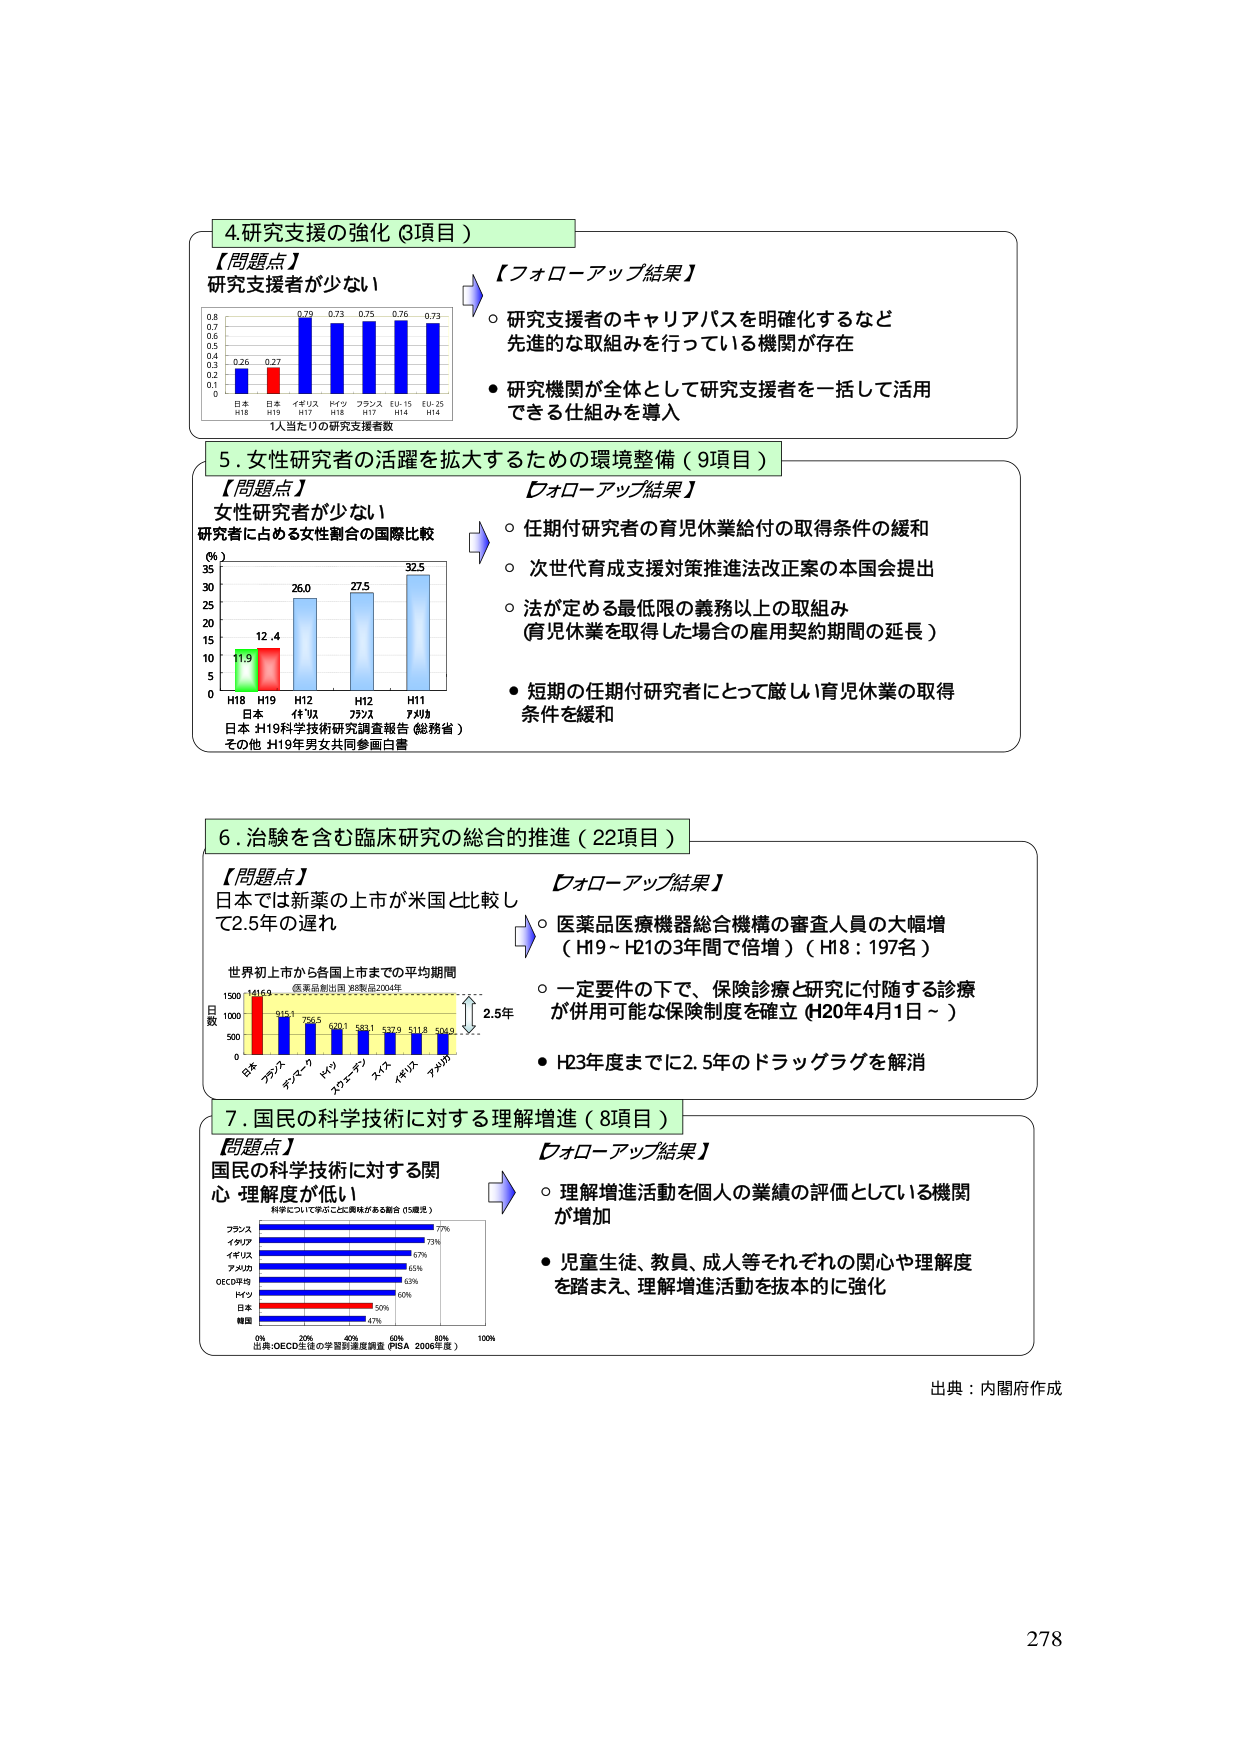
4.研究支援の強化（3項目）
【問題点】
研究支援者が少ない
【フォローアップ結果】
○ 研究支援者のキャリアパスを明確化するなど
先進的な取組みを行っている機関が存在
● 研究機関が全体として研究支援者を一括して活用
できる仕組みを導入

5.女性研究者の活躍を拡大するための環境整備（9項目）
【問題点】
女性研究者が少ない
研究者に占める女性割合の国際比較
（％）
35
30
25
20
15
10
5
0
H18 H19 H12 H12 H11
日本 11.9 12.4 26.0 27.5 32.5
日本 H19科学技術研究調査報告（総務省）
その他 H19年男女共同参画白書
【フォローアップ結果】
○ 任期付研究者の育児休業給付の取得条件の緩和
○ 次世代育成支援対策推進法改正案の本国会提出
○ 法が定める最低限の義務以上の取組み
（育児休業を取得した場合の雇用契約期間の延長）
● 短期の任期付研究者にとって厳しい育児休業の取得
条件を緩和

6.治験を含む臨床研究の総合的推進（22項目）
【問題点】
日本では新薬の上市が米国と比較し
て2.5年の遅れ
世界初上市から各国上市までの平均期間
（医薬品創出国：米国品2004年）
日数
1500
1000
500
0
日本 1416.9
アメリカ 915.1
イギリス 756.5
ドイツ 600.1
スウェーデン 588.1
スイス 537.9
イギリス 511.8
アメリカ 504.9
2.5年
【フォローアップ結果】
○ 医薬品医療機器総合機構の審査人員の大幅増
（H19～H21の3年間で倍増）（H18：197名）
○ 一定要件の下で、保険診療と研究に付随する診療
が併用可能な保険制度を確立（H20年4月1日～）
● H23年度までに2.5年のドラッグラグを解消

7.国民の科学技術に対する理解増進（8項目）
【問題点】
国民の科学技術に対する関
心・理解度が低い
科学について学ぶことに興味がある割合（15歳児）
フランス 77%
イタリア 67%
イギリス 67%
アメリカ 65%
OECD平均 63%
ドイツ 60%
日本 50%
韓国 47%
0% 20% 40% 60% 80% 100%
出典：OECD生徒の学習到達度調査（PISA 2006年度）
【フォローアップ結果】
○ 理解増進活動を個人の業績の評価としている機関
が増加
● 児童生徒、教員、成人等それぞれの関心や理解度
を踏まえ、理解増進活動を抜本的に強化

出典：内閣府作成
278